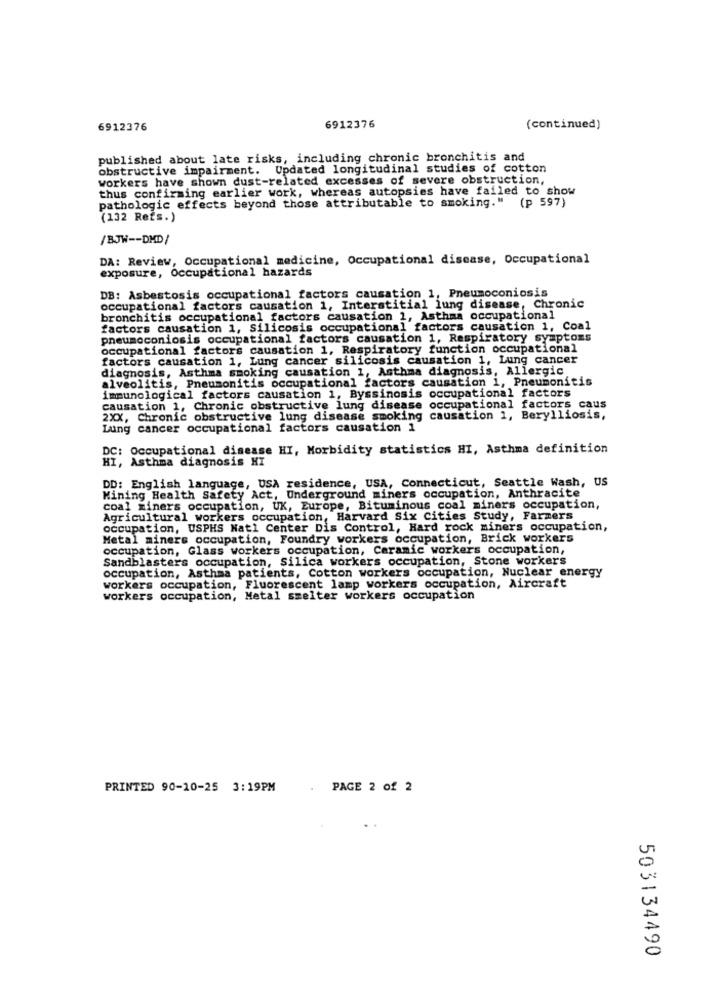
6912376
6912376
(continued)
published about late risks, including chronic bronchitis and
obstructive impairment. Updated longitudinal studies of cotton
workers have shown dust-related excesses of severe obstruction,
thus confirming earlier work, whereas autopsies have failed to show
pathologic effects beyond those attributable to smoking." (p 597)
(132 Rets.)
/BJW -- DMD/
DA: Review, Occupational medicine, Occupational disease, Occupational
exposure, Occupational hazards
DB: Asbestosis occupational factors causation 1, Pneumoconiosis
occupational factors causation 1, Interstitial lung disease, Chronic
bronchitis occupational factors causation 1, Asthma occupational
factors causation 1, Silicosis occupational factors causation 1, Coal
pneumoconiosis occupational factors causation 1, Respiratory symptoms
occupational factors causation 1, Respiratory function occupational
factors causation 1, Lung cancer silicosis causation 1, Lung cancer
diagnosis, Asthma smoking causation 1, Asthma diagnosis, Allergic
alveolitis, Pneumonitis occupational factors causation i, Pneumonitis
immunological factors causation 1, Byssinosis occupational factors
causation 1, Chronic obstructive lung disease occupational factors caus
2XX, Chronic obstructive lung disease smoking causation 1, Berylliosis,
Lung cancer occupational factors causation 1
: Occupational disease HI, Morbidity statistics HI, Asthma definition
HI, Asthma diagnosis HI
DD: English language, USA residence, USA, Connecticut, Seattle Wash, US
Mining Health Safety Act, Underground miners occupation, Anthracite
coal miners occupation, UK, Europe, Bituminous coal miners occupation,
Agricultural workers occupation, Harvard Six Cities Study, Farmers
occupation, USPHS Natl Center Dis Control, Hard rock miners occupation,
Metal miners occupation, Foundry workers occupation, Brick workers
occupation, Glass workers occupation, Ceramic workers occupation,
Sandblasters occupation, Silica workers occupation, Stone workers
occupation, Asthma patients, Cotton workers occupation, Nuclear energy
workers occupation, Fluorescent lamp workers occupation, Aircraft
workers occupation, Metal smelter workers occupation
PRINTED 90-10-25 3:19PM
PAGE 2 of 2
503134490